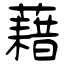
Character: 藉